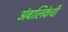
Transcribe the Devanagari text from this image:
अंबालिकेची